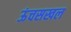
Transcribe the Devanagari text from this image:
ऊंचसखल